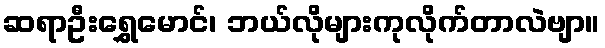
ဆရာဦးရွှေမောင်၊ ဘယ်လိုများကုလိုက်တာလဲဗျာ။